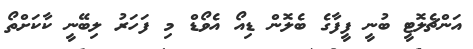
އަންޗެލޮޓީ ބުނީ ފީފާގެ ބެލޮން ޑިއޯ އެވޯޑް މި ފަހަރު ލިބޭނީ ކާކަށްތޯ